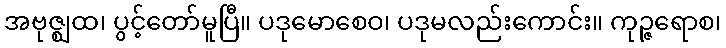
အဗုဇ္ဈထ၊ ပွင့်တော်မူပြီ။ ပဒုမောစေဝ၊ ပဒုမလည်းကောင်း။ ကုဉ္ဇရောစ၊